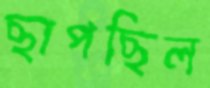
ছাপছিল